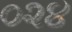
૦૨૪